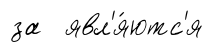
за явл'я́ютс'я